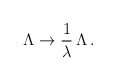
\begin{align*}\Lambda \to \frac{1}{\lambda} \,\Lambda \,.\end{align*}